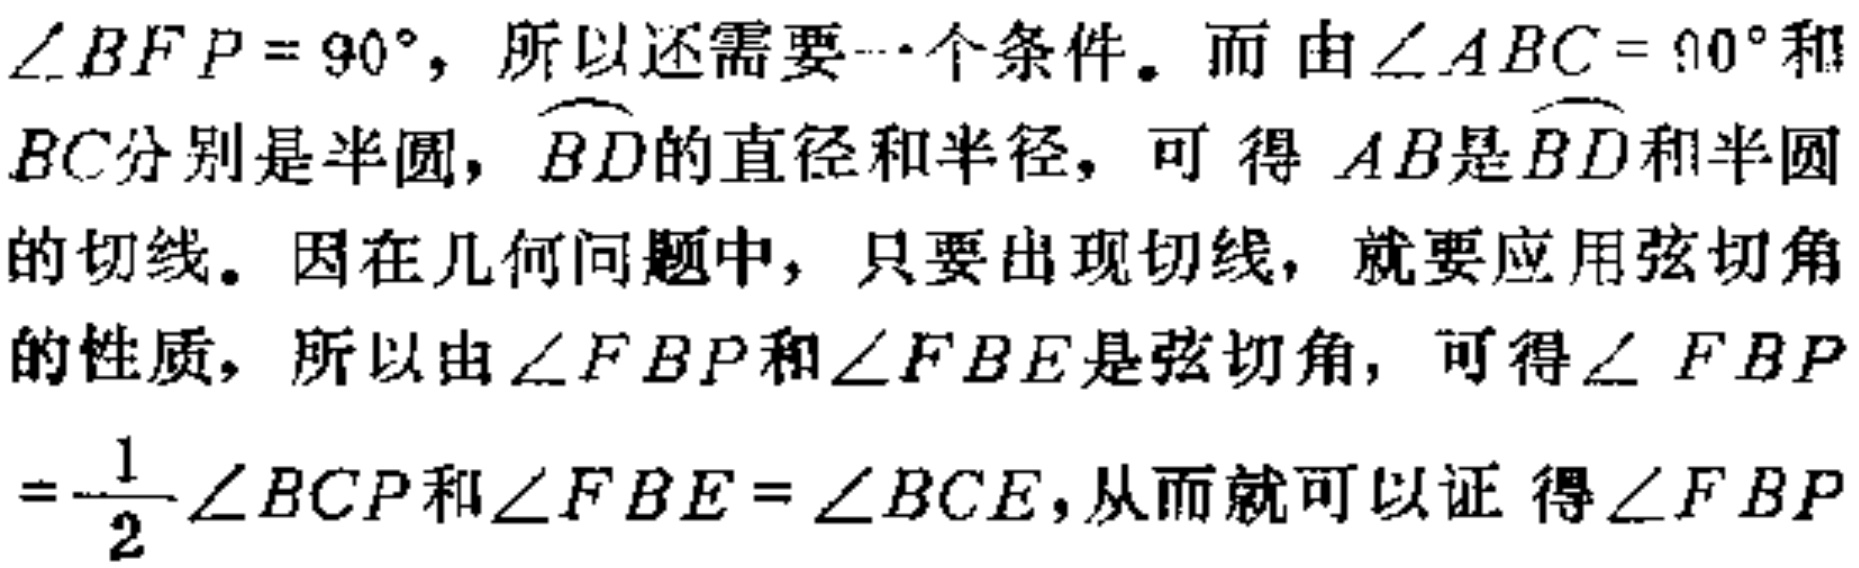
$\angle BFP = 90^{\circ}$，所以还需要一个条件。而由$\angle ABC = 90^{\circ}$和
$BC$分别是半圆，$\overset{\frown}{BD}$的直径和半径，可得$AB$是$\overset{\frown}{BD}$和半圆
的切线。因在几何问题中，只要出现切线，就要应用弦切角
的性质，所以由$\angle FBP$和$\angle FBE$是弦切角，可得$\angle FBP$
$=\dfrac{1}{2}\angle BCP$和$\angle FBE = \angle BCE$，从而就可以证得$\angle FBP$